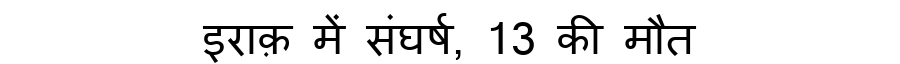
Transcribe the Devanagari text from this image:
इराक़ में संघर्ष, 13 की मौत